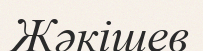
Жәкішев